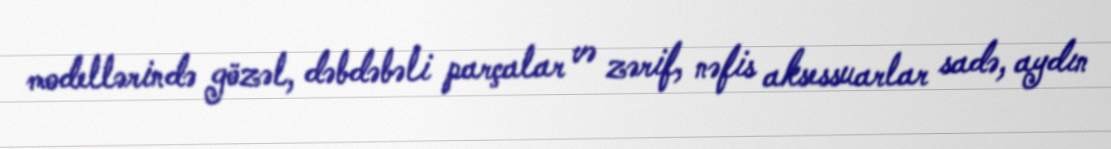
modellərində gözəl, dəbdəbəli parçalar və zərif, nəfis aksessuarlar sadə, aydın